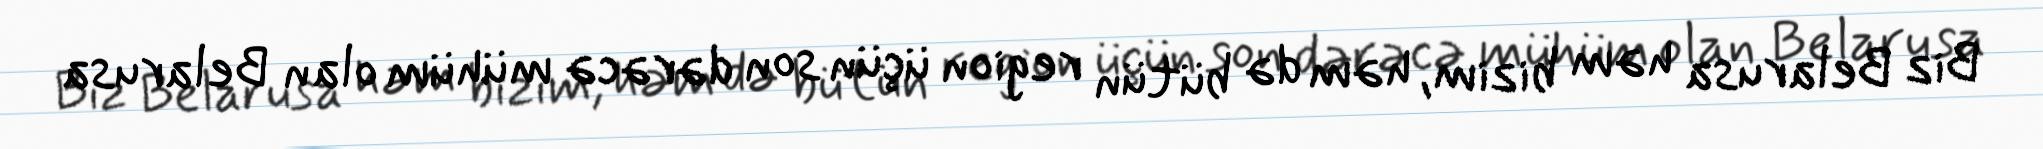
Biz Belarusa həm bizim, həm də bütün region üçün son dərəcə mühüm olan Belarusa